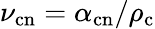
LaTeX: \nu_{\mathrm{cn}}=\alpha_{\mathrm{cn}}/\rho_{\mathrm{c}}